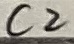
Text: C2